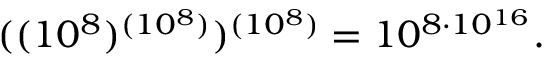
( ( 1 0 ^ { 8 } ) ^ { ( 1 0 ^ { 8 } ) } ) ^ { ( 1 0 ^ { 8 } ) } = 1 0 ^ { 8 \cdot 1 0 ^ { 1 6 } } .